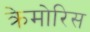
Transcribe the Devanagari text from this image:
क्रेमोरिस